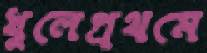
খুলেপ্রথমে